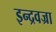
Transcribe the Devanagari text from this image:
इन्द्रवज्रा